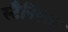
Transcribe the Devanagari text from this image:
स्टैनिस्ला